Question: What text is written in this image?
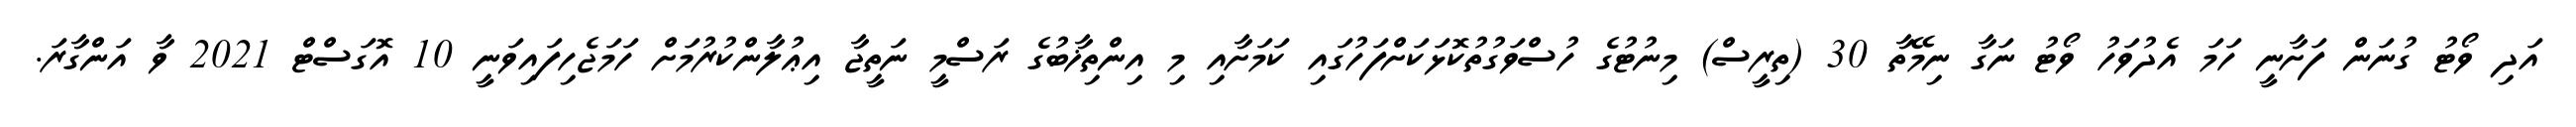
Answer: އަދި ވޯޓު ގުނަން ފަށާނީ ހަމަ އެދުވަހު ވޯޓު ނަގާ ނިމޭތާ 30 (ތިރީސް) މިނުޓުގެ ހުސްވަގުތުކޮޅަކަށްފަހުގައި ކަމަށާއި މި އިންތިޚާބުގެ ރަސްމީ ނަތީޖާ އިޢުލާންކުރުމަށް ހަމަޖެހިފައިވަނީ 10 އޮގަސްޓް 2021 ވާ އަންގާރަ.